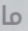
ما